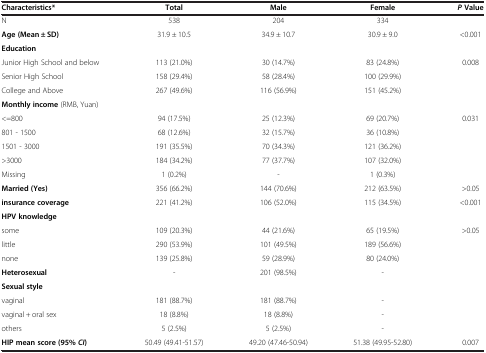
| Characteristics* | Total | Male | Female | P Value |
 | --- | --- | --- | --- | --- |
 | N | 538 | 204 | 334 |  |
 | Age (Mean ± SD) | 31.9 ± 10.5 | 34.9 ± 10.7 | 30.9 ± 9.0 | <0.001 |
 | Education |  |  |  |  |
 | Junior High School and below | 113 (21.0%) | 30 (14.7%) | 83 (24.8%) | <ROWSPAN=3> 0.008 |
 | Senior High School | 158 (29.4%) | 58 (28.4%) | 100 (29.9%) |
 | College and Above | 267 (49.6%) | 116 (56.9%) | 151 (45.2%) |
 | <COLSPAN=5> Monthly income (RMB, Yuan) |
 | <=800 | 94 (17.5%) | 25 (12.3%) | 69 (20.7%) | <ROWSPAN=5> 0.031 |
 | 801 - 1500 | 68 (12.6%) | 32 (15.7%) | 36 (10.8%) |
 | 1501 - 3000 | 191 (35.5%) | 70 (34.3%) | 121 (36.2%) |
 | >3000 | 184 (34.2%) | 77 (37.7%) | 107 (32.0%) |
 | Missing | 1 (0.2%) | - | 1 (0.3%) |
 | Married (Yes) | 356 (66.2%) | 144 (70.6%) | 212 (63.5%) | >0.05 |
 | insurance coverage | 221 (41.2%) | 106 (52.0%) | 115 (34.5%) | <0.001 |
 | HPV knowledge |  |  |  |  |
 | some | 109 (20.3%) | 44 (21.6%) | 65 (19.5%) | <ROWSPAN=3> >0.05 |
 | little | 290 (53.9%) | 101 (49.5%) | 189 (56.6%) |
 | none | 139 (25.8%) | 59 (28.9%) | 80 (24.0%) |
 | Heterosexual | - | 201 (98.5%) | - |  |
 | Sexual style |  |  |  |  |
 | vaginal | 181 (88.7%) | 181 (88.7%) | - |  |
 | vaginal + oral sex | 18 (8.8%) | 18 (8.8%) | - |  |
 | others | 5 (2.5%) | 5 (2.5%) | - |  |
 | HIP mean score (95% CI ) | 50.49 (49.41-51.57) | 49.20 (47.46-50.94) | 51.38 (49.95-52.80) | 0.007 |